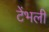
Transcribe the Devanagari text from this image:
टेंभली